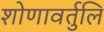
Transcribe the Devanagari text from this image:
शोणावर्तुलि